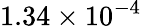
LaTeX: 1.34\times 10^{-4}